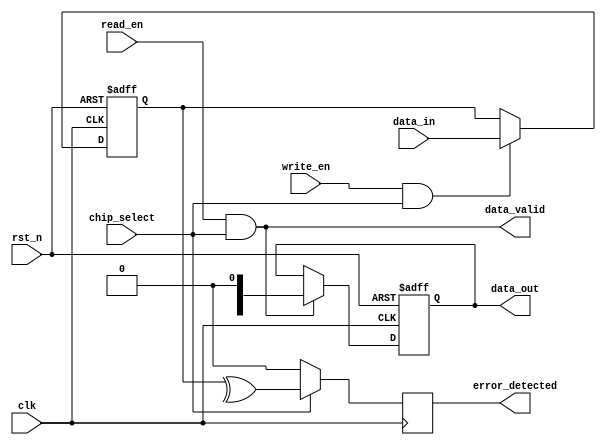
module FeRAM_IO_Block (
    input wire clk,             // System clock
    input wire rst_n,           // Active low reset
    input wire read_en,         // Read enable signal
    input wire write_en,        // Write enable signal
    input wire chip_select,      // Chip select signal
    input wire [7:0] data_in,   // Data input
    output reg [7:0] data_out,  // Data output
    output wire data_valid,      // Data valid signal
    output wire error_detected    // Error detection signal
);

// Internal signals
reg [7:0] data_latch;           // Data latch for temporary storage
reg [7:0] read_data;            // Data from the read sensing circuit
reg error_flag;                 // Error flag for EDAC
wire [7:0] level_shifted_data; // Level shifted data

// Input Buffer with Schmitt Trigger and Level Shifter
always @(*) begin
    // Assume a simple level shifting mechanism
    level_shifted_data = data_in; // Placeholder for actual level-shifting logic
end

// Data Latch for read/write operations
always @(posedge clk or negedge rst_n) begin
    if (!rst_n) begin
        data_latch <= 8'b0;
        data_out <= 8'b0;
    end else begin
        if (write_en && chip_select) begin
            data_latch <= level_shifted_data; // Capture data on write
        end
        if (read_en && chip_select) begin
            data_out <= read_data; // Output data on read
        end
    end
end

// Write Driver (placeholder, actual driving logic will depend on FeRAM technology)
always @(posedge clk) begin
    if (write_en && chip_select) begin
        // Send data to memory cells (add actual write logic)
        // write_driver(data_latch);
    end
end

// Read Sensing Circuit (placeholder for read sensing logic)
always @(posedge clk) begin
    if (read_en && chip_select) begin
        // Simulate reading from memory cells (add actual read logic)
        // read_data = read_sensing_circuit();
    end
end

// Error Detection and Correction (EDAC) Logic (basic example)
always @(posedge clk) begin
    if (chip_select) begin
        // Simple parity check (for illustration)
        error_flag <= ^data_latch; // Simple even parity check
    end else begin
        error_flag <= 1'b0; // No error
    end
end

assign error_detected = error_flag; // Output error detection
assign data_valid = (read_en && chip_select); // Data is valid when read is enabled

endmodule